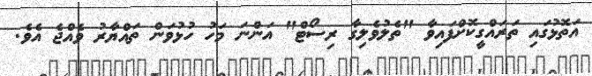
އަތޮޅުގައި ތަރައްގީކޮށްފައިވާ "ތެލުވެލިގާ ރިސޯޓް" އަންނަ މަހު ހުޅުވަން ތައްޔާރު ވެއްޖެ އެވެ.